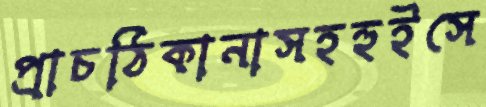
প্রাচঠিকানাসহহুইসে